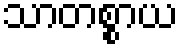
သာတစ္စာယ